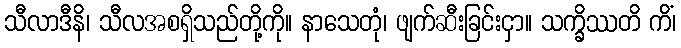
သီလာဒီနိ၊ သီလအစရှိသည်တို့ကို။ နာသေတုံ၊ ဖျက်ဆီးခြင်းငှာ။ သက္ခိဿတိ ကိံ၊